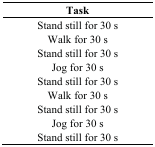
<table><thead><tr><td><b>Task</b></td></tr></thead><tbody><tr><td>Stand still for 30 s</td></tr><tr><td>Walk for 30 s</td></tr><tr><td>Stand still for 30 s</td></tr><tr><td>Jog for 30 s</td></tr><tr><td>Stand still for 30 s</td></tr><tr><td>Walk for 30 s</td></tr><tr><td>Stand still for 30 s</td></tr><tr><td>Jog for 30 s</td></tr><tr><td>Stand still for 30 s</td></tr></tbody></table>